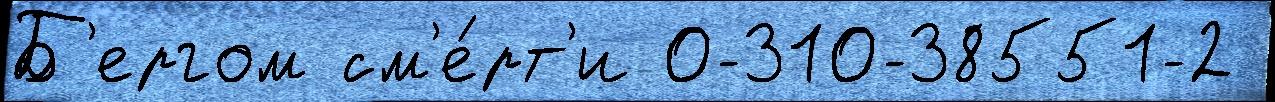
Б'ергом см'е́рт'и 0-310-38551-2